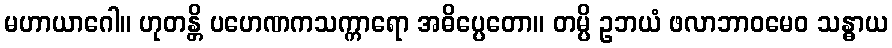
မဟာယာဂေါ။ ဟုတန္တိ ပဟေဏကသက္ကာရော အဓိပ္ပေတော။ တမ္ပိ ဥဘယံ ဖလာဘာဝမေဝ သန္ဓာယ